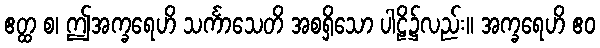
ဧတ္ထ စ၊ ဤအက္ခရေဟိ သင်္ကာသေတိ အစရှိသော ပါဠိ၌လည်း။ အက္ခရေဟိ ဧဝ